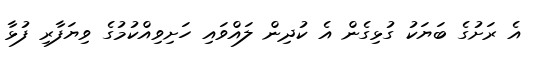
އެ ރަށުގެ ބަޔަކު ގުޅިގެން އެ ކުދިން ލައްވައި ހަށިވިއްކުމުގެ ވިޔަފާރި ފުޅާ